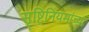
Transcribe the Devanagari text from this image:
सृष्टिनियमांच्या